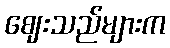
ဈေးသည်များက